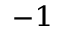
^ { - 1 }